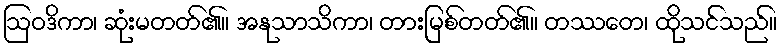
ဩဝဒိကာ၊ ဆုံးမတတ်၏။ အနုသာသိကာ၊ တားမြစ်တတ်၏။ တဿတေ၊ ထိုသင်သည်။